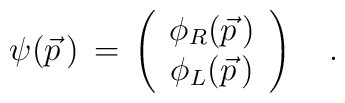
\psi(\vec p\,)\,=\,\left(\begin{array}{cc}\phi_R(\vec p\,)\\\phi_L(\vec p\,)\\\end{array}\right)\quad.